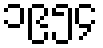
၁၉၅၄